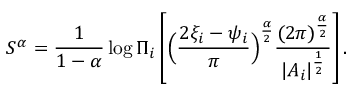
S ^ { \alpha } = \frac { 1 } { 1 - \alpha } \log \Pi _ { i } \left[ \Big ( \frac { 2 \xi _ { i } - \psi _ { i } } { \pi } \Big ) ^ { \frac { \alpha } { 2 } } \frac { ( 2 \pi ) ^ { \frac { \alpha } { 2 } } } { | A _ { i } | ^ { \frac { 1 } { 2 } } } \right] .